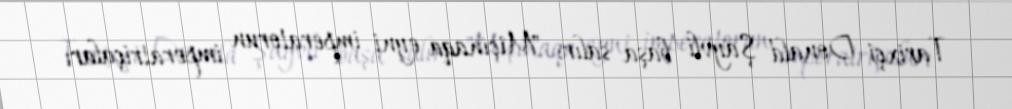
Tarixçi Donald Şayvli başa salır: "Miçinaqa eyni imperatorun imperatriçaları